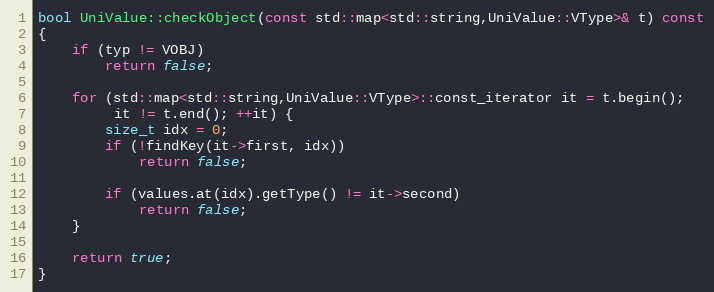
Language: C++
bool UniValue::checkObject(const std::map<std::string,UniValue::VType>& t) const
{
    if (typ != VOBJ)
        return false;

    for (std::map<std::string,UniValue::VType>::const_iterator it = t.begin();
         it != t.end(); ++it) {
        size_t idx = 0;
        if (!findKey(it->first, idx))
            return false;

        if (values.at(idx).getType() != it->second)
            return false;
    }

    return true;
}